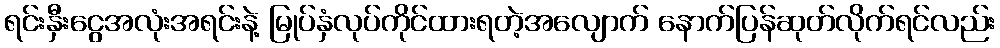
ရင်းနှီးငွေအလုံးအရင်းနဲ့ မြုပ်နှံလုပ်ကိုင်ထားရတဲ့အလျောက် နောက်ပြန်ဆုတ်လိုက်ရင်လည်း